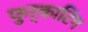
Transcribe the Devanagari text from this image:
फुर्काटिंग